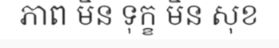
ភាព មិន ទុក្ខ មិន សុខ